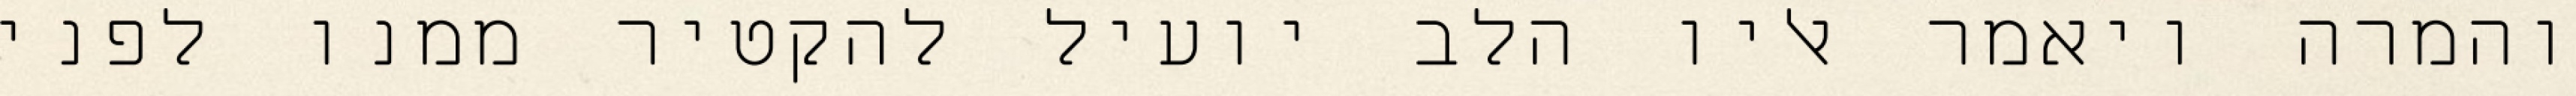
והמרה ויאמר אליו הלב יועיל להקטיר ממנו לפני